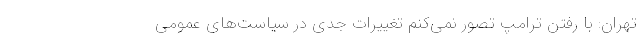
تهران: با رفتن ترامپ تصور نمی‌کنم تغییرات جدی در سیاست‌های عمومی